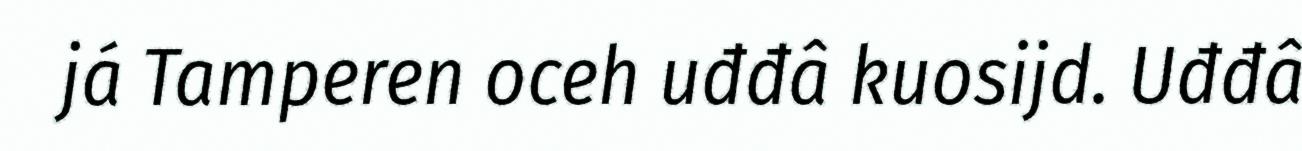
já Tamperen oceh uđđâ kuosijd. Uđđâ